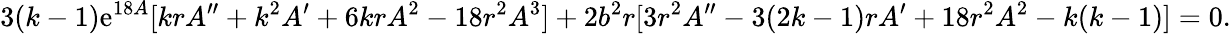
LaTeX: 3(k-1)\mathrm{e}^{18A}[krA^{\prime\prime}+k^{2}A^{\prime}+6krA^{2}-18r^{2}A^{3}]+2b^{2}r[3r^{2}A^{\prime\prime}-3(2k-1)rA^{\prime}+18r^{2}A^{2}-k(k-1)]=0.